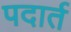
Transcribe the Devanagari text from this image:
पदार्त